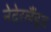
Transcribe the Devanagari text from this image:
नेदेरलैंड्ज़